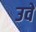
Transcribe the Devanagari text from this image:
उवे